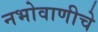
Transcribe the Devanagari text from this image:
नभोवाणीचे